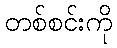
တစ်စင်းကို